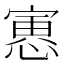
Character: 𫳾